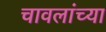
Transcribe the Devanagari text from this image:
चावलांच्या